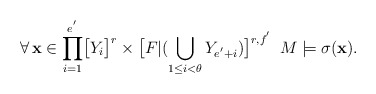
\begin{align*}\forall\,\mathbf{x}\in\displaystyle{\prod_{i=1}^{e^{'}}}\big{[}Y_{i}\big{]}^{r}\times\big{[}F|(\bigcup_{1\leq i<\theta}Y_{e^{'}+i})\big{]}^{r,f^{'}}\,\,\, M\models\sigma(\mathbf{x}).\end{align*}